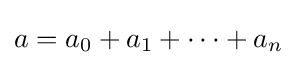
a=a_{0}+a_{1}+\cdots +a_{n}